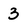
Character: 3